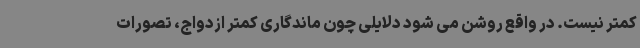
کمتر نیست. در واقع روشن می شود دلایلی چون ماندگاری کمتر ازدواج، تصورات